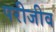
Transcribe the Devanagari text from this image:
परीजीव